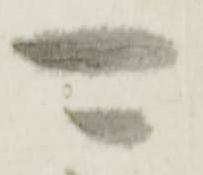
可